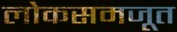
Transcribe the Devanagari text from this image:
लोकसमजूत